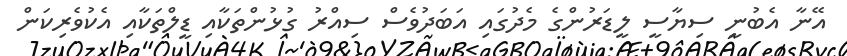
އޭނާ އެބުނީ ސިޔާސީ ލީޑަރުންގެ މެދުގައި އަބަދުވެސް ސިއްރު ގުޅުންތަކާއި ޑީލްތަކާއި އެކުވެރިކަން